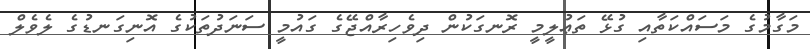
މަގާމުގެ މަސައްކަތާއި ގުޅޭ ތަޢުލީމީ ރޮނގަކުން ދިވެހިރާއްޖޭގެ ގައުމީ ސަނަދުތަކުގެ އޮނިގަނޑުގެ ލެވެލް